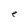
Character: e